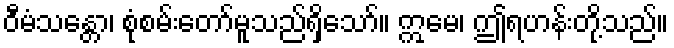
ဝီမံသန္တော၊ စုံစမ်းတော်မူသည်ရှိသော်။ ဣမေ၊ ဤရဟန်းတို့သည်။